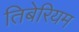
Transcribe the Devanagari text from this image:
तिबेरियम